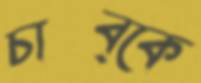
চাব্‌কে